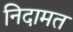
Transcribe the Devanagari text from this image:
निदामत